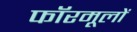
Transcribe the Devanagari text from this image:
फॉरमूलों